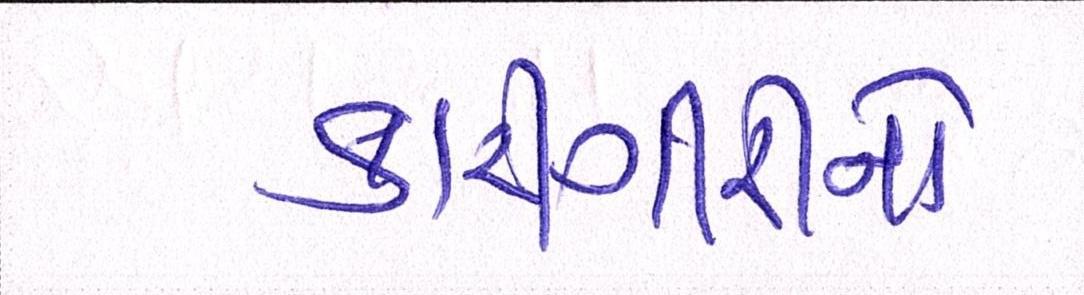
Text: કામગીરીનો